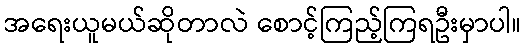
အရေးယူမယ်ဆိုတာလဲ စောင့်ကြည့်ကြရဦးမှာပါ။